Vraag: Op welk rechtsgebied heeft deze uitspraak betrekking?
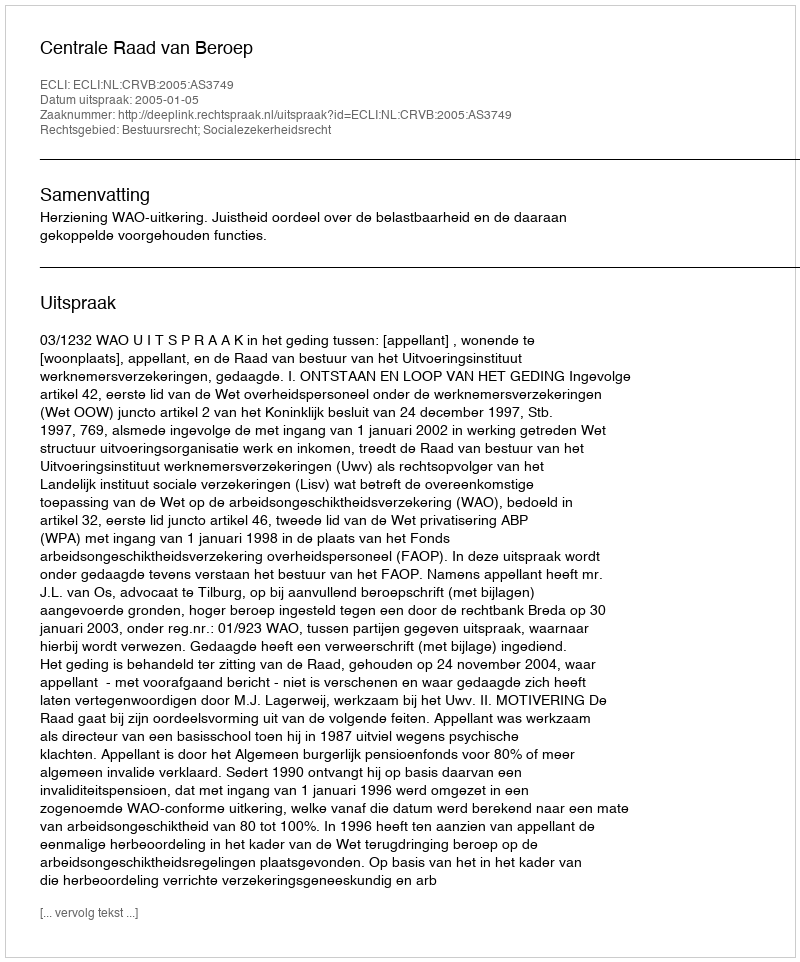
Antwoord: Bestuursrecht; Socialezekerheidsrecht